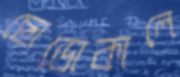
ছোডোকালে